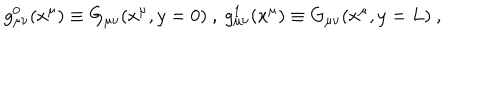
g _ { \mu \nu } ^ { 0 } ( x ^ { \mu } ) \equiv G _ { \mu \nu } ( x ^ { \mu } , y = 0 ) ~ , ~ g _ { \mu \nu } ^ { 1 } ( x ^ { \mu } ) \equiv G _ { \mu \nu } ( x ^ { \mu } , y = L ) ~ , ~ \,